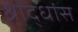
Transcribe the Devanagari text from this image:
श्राद्धांस